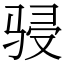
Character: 骎